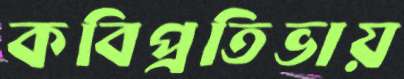
কবিপ্রতিভায়